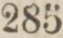
285